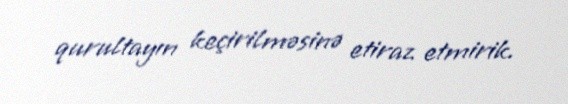
qurultayın keçirilməsinə etiraz etmirik.